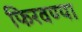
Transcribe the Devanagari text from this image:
फिरवण्या